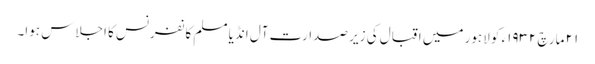
٢١ مارچ ١٩٣٢ء کو لاہور میں اقبال کی زیر صدارت آل انڈیا مسلم کانفرنس کا اجلاس ہوا۔